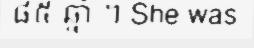
៨៥ ឆ្នាំ ។ She was